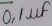
Text: 0,1µf